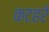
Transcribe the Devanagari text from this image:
कटहरे